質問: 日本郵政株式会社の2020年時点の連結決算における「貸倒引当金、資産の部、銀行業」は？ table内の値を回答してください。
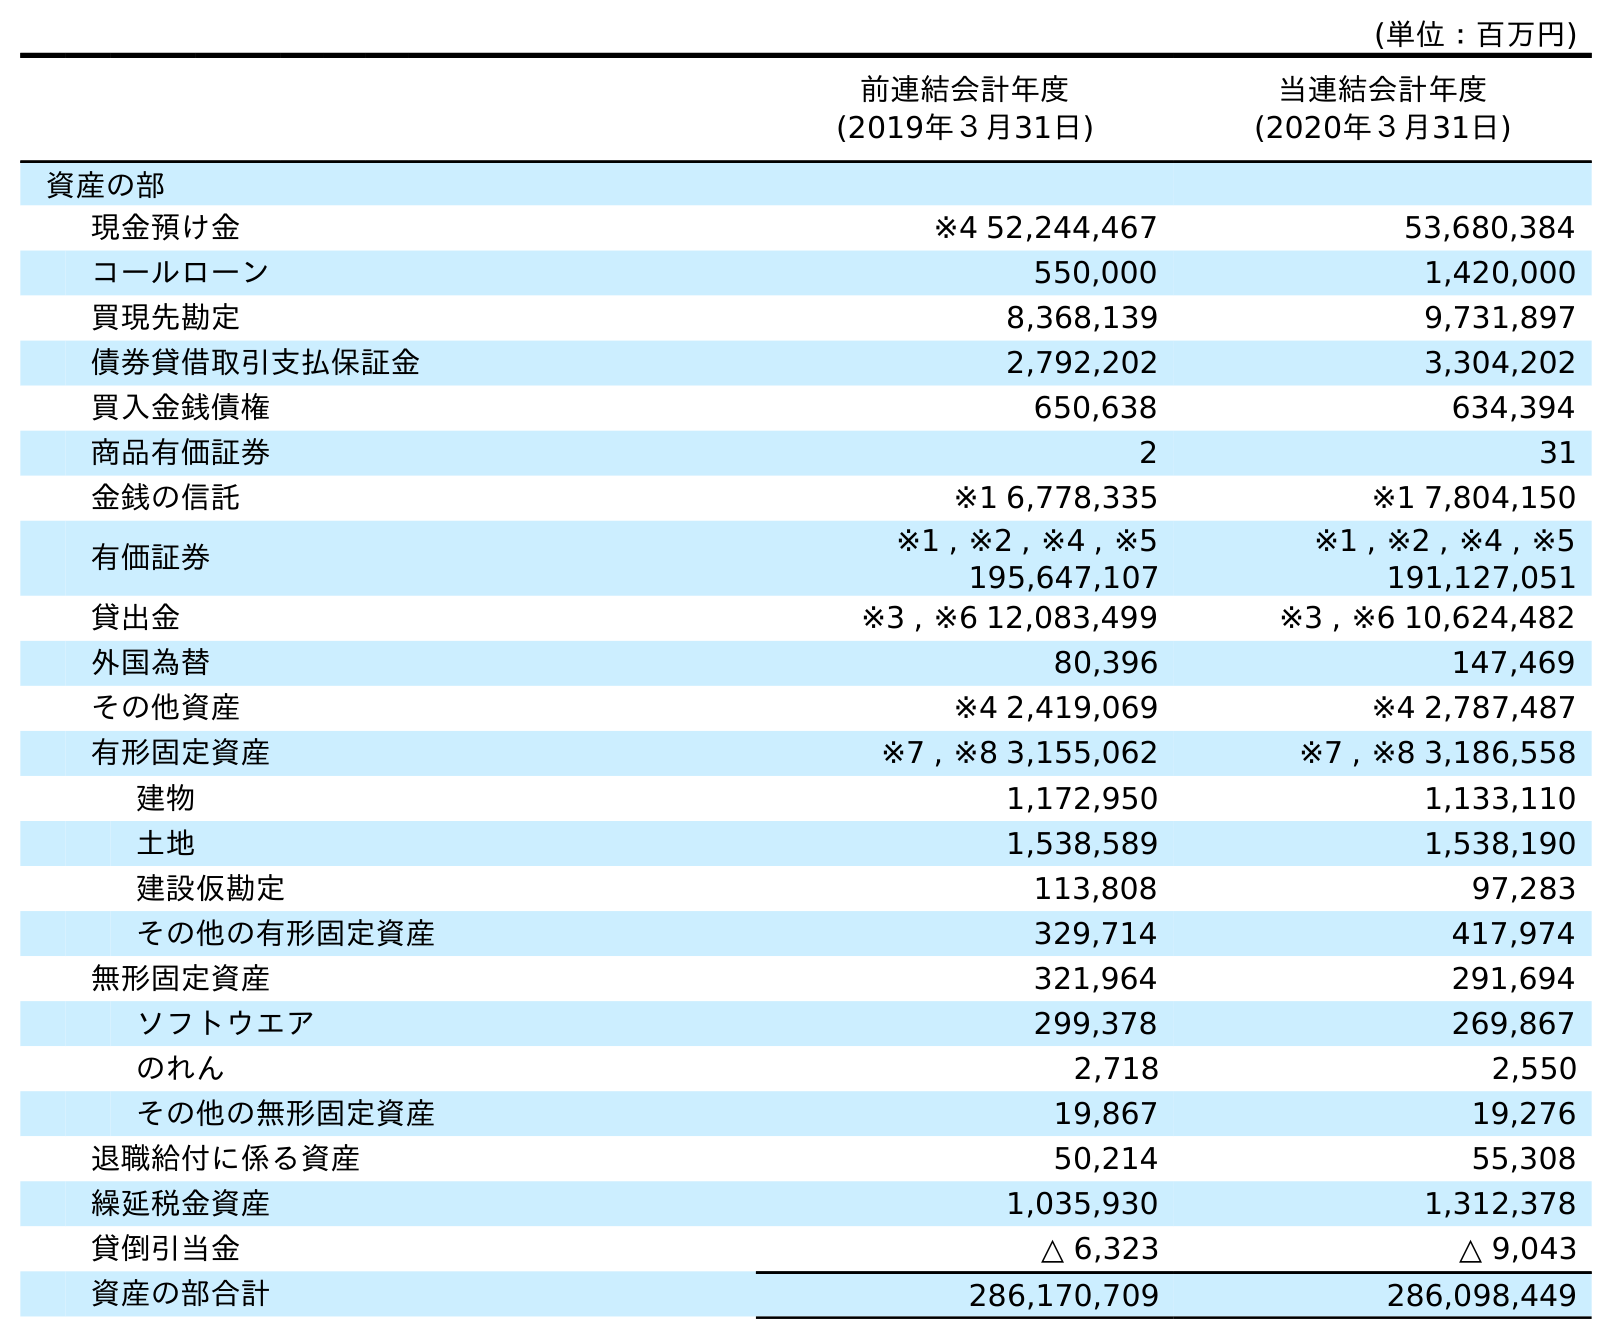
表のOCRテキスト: (単位：百万円) 前連結会計年度 (2019年３月31日) 当連結会計年度 (2020年３月31日) 資産の部 現金預け金 ※4 52,244,467 53,680,384 コールローン 550,000 1,420,000 買現先勘定 8,368,139 9,731,897 債券貸借取引支払保証金 2,792,202 3,304,202 買入金銭債権 650,638 634,394 商品有価証券 2 31 金銭の信託 ※1 6,778,335 ※1 7,804,150 有価証券 ※1 , ※2 , ※4 , ※5 195,647,107 ※1 , ※2 , ※4 , ※5 191,127,051 貸出金 ※3 , ※6 12,083,499 ※3 , ※6 10,624,482 外国為替 80,396 147,469 その他資産 ※4 2,419,069 ※4 2,787,487 有形固定資産 ※7 , ※8 3,155,062 ※7 , ※8 3,186,558 建物 1,172,950 1,133,110 土地 1,538,589 1,538,190 建設仮勘定 113,808 97,283 その他の有形固定資産 329,714 417,974 無形固定資産 321,964 291,694 ソフトウエア 299,378 269,867 のれん 2,718 2,550 その他の無形固定資産 19,867 19,276 退職給付に係る資産 50,214 55,308 繰延税金資産 1,035,930 1,312,378 貸倒引当金 △ 6,323 △ 9,043 資産の部合計 286,170,709 286,098,449
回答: △9,043